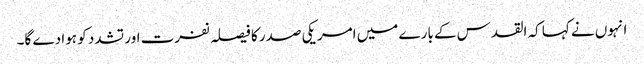
انہوں نے کہا کہ القدس کے بارے میں امریکی صدر کا فیصلہ نفرت اور تشدد کو ہوا دے گا۔